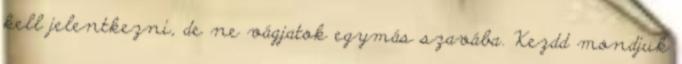
kell jelentkezni, de ne vágjatok egymás szavába. Kezdd mondjuk